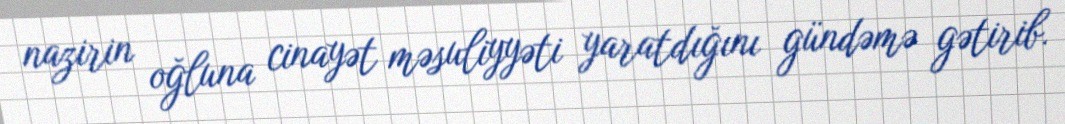
nazirin oğluna cinayət məsuliyyəti yaratdığını gündəmə gətirib.